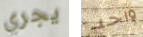
يجري واحد